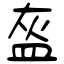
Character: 盔